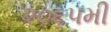
૨૦૬૫મી